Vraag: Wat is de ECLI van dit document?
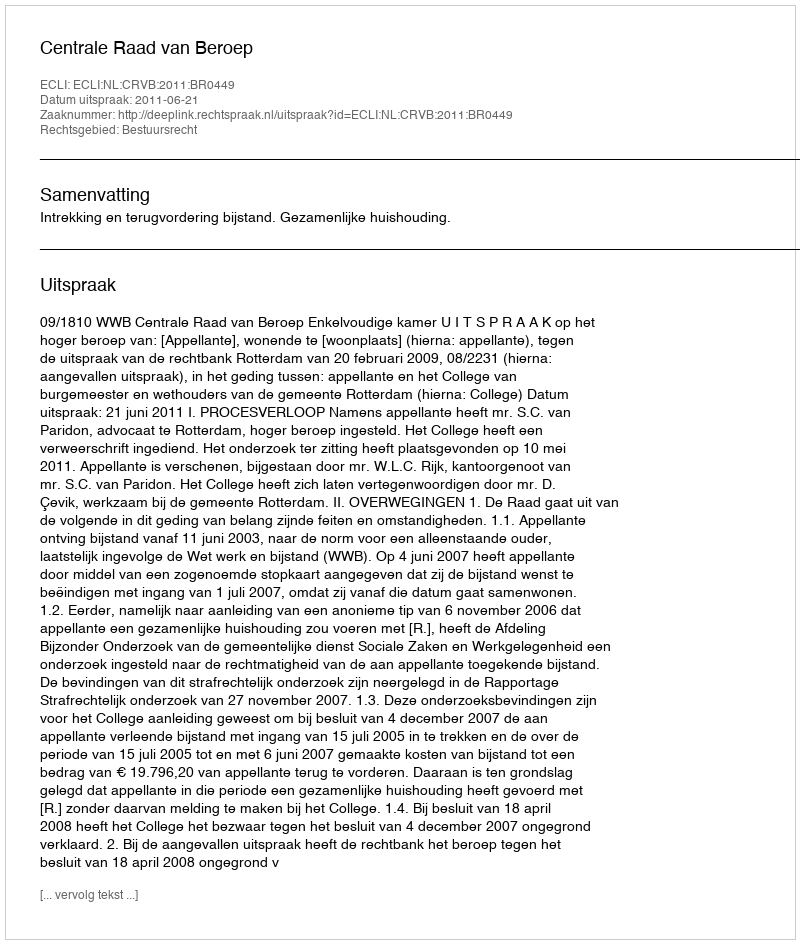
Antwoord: ECLI:NL:CRVB:2011:BR0449